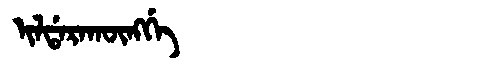
Manchu: ᡳᠯᡩᠠᡵᠠᡴᡡᠩᡤᡝ
Romanization: ILDARAKŪNGGE